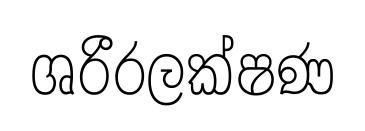
ශරීරලක්ෂණ